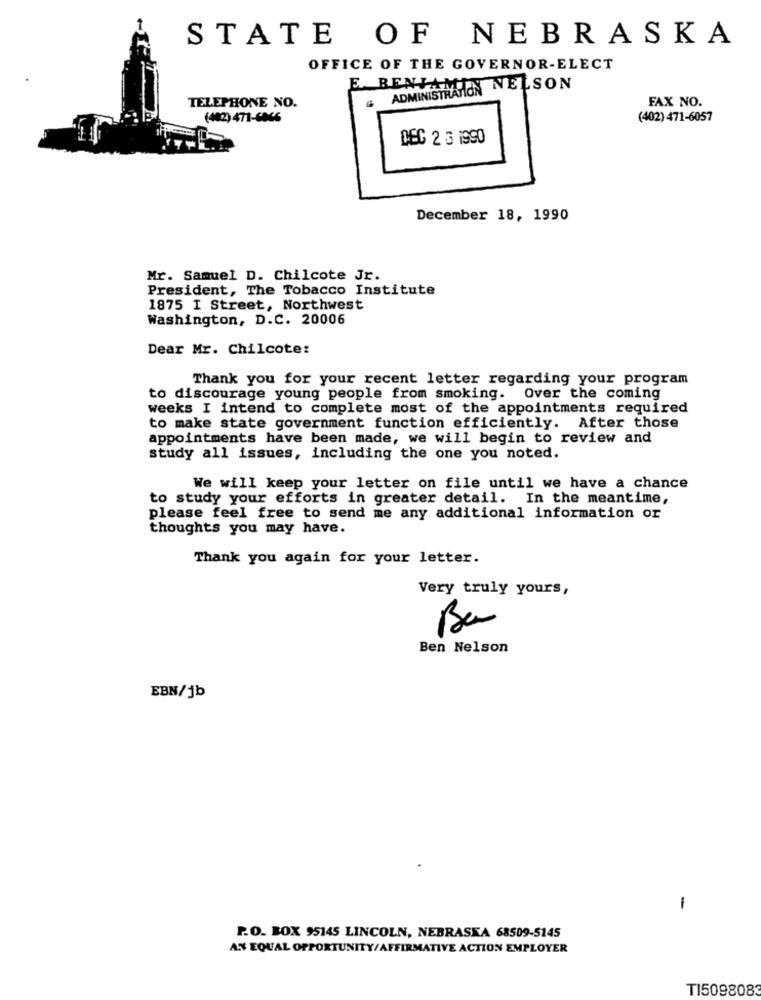
STATE OF NEBRASKA
OFFICE OF THE GOVERNOR-ELECT
E. BENJAMI
ADMINISTRAHON NELSON
TELEPHONE NO.
FAX NO.
(402) 471-6066
(402) 471-6057
DEC 2 3 1990
December 18, 1990
Mr. Samuel D. Chilcote Jr.
President, The Tobacco Institute
1875 I Street, Northwest
Washington, D.C. 20006
Dear Mr. Chilcote:
Thank you for your recent letter regarding your program
to discourage young people from smoking. Over the coming
weeks I intend to complete most of the appointments required
to make state government function efficiently. After those
appointments have been made, we will begin to review and
study all issues, including the one you noted.
We will keep your letter on file until we have a chance
to study your efforts in greater detail. In the meantime,
please feel free to send me any additional information or
thoughts you may have.
Thank you again for your letter.
Very truly yours,
Ba
Ben Nelson
EBN/jb
1
P.O. BOX 95145 LINCOLN, NEBRASKA 68509-5145
AN EQUAL OPPORTUNITY/AFFIRMATIVE ACTION EMPLOYER
TI5098083